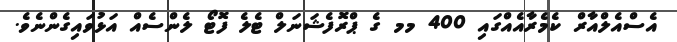
އެސްއެލްއާރް ކެމެރާއެއްގައި 400 މމ ގެ ޕްރޮފެޝަނަލް ޓެލެ ފޮޓޯ ލެންސެއް އަޅުވައިގެންނެވެ.